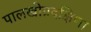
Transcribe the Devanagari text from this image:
पालखीप्रदक्षिणा